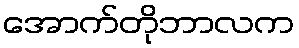
အောက်တိုဘာလက